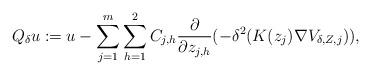
LaTeX: \begin{align*}Q_\delta u:=u-\sum_{j=1}^m\sum_{h=1}^2C_{j,h}\frac{\partial}{\partial z_{j,h}}(-\delta^2(K(z_j)\nabla V_{\delta, Z,j})),\end{align*}